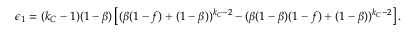
\begin{array} { r } { \epsilon _ { 1 } = ( k _ { C } - 1 ) ( 1 - \beta ) \left[ ( \beta ( 1 - f ) + ( 1 - \beta ) ) ^ { k _ { C } - 2 } - ( \beta ( 1 - \beta ) ( 1 - f ) + ( 1 - \beta ) ) ^ { k _ { C } - 2 } \right] . } \end{array}